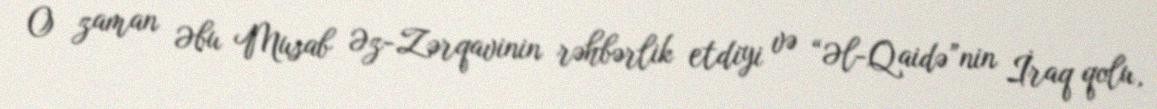
O zaman Əbu Musab Əz-Zərqavinin rəhbərlik etdiyi və “Əl-Qaidə”nin İraq qolu,